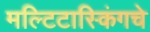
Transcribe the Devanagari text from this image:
मल्टिटास्किंगचे